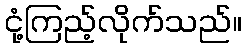
ငုံ့ကြည့်လိုက်သည်။